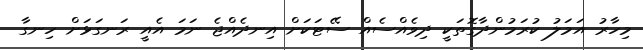
މިހާރު އަމަލު ކުރަމުންދާގޮތަކީ ދިވެއްސެއް ސޭޓަކަށް އިނދެއްޖެ ނަމަ އެއީ ރަނގަޅަށް ހިނގާ